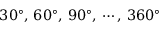
3 0 ^ { \circ } , \, 6 0 ^ { \circ } , \, 9 0 ^ { \circ } , \, \cdots , \, 3 6 0 ^ { \circ }